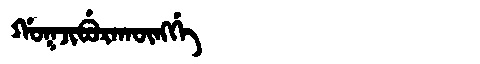
Manchu: ᡤᠣᡴᠵᡳᠪᡠᡵᠠᡴᡡᠩᡤᡝ
Romanization: GOKJIBURAKŪNGGE